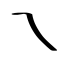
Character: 乁